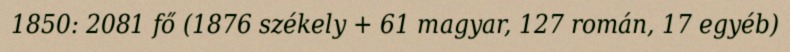
1850: 2081 fő (1876 székely + 61 magyar, 127 román, 17 egyéb)